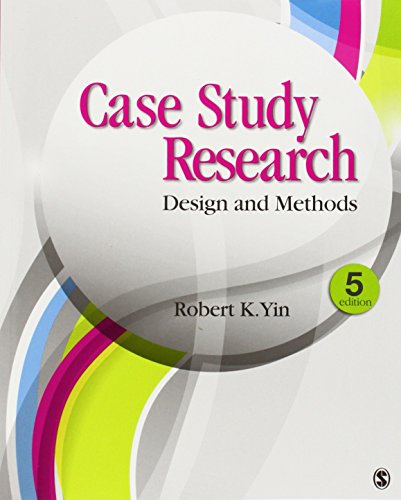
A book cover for Case Study Research: Design and Methods (Applied Social Research Methods); Robert K. Yin; Politics & Social Sciences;